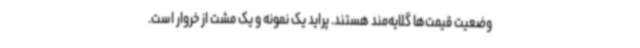
وضعیت قیمت‌ها گلایه‌مند هستند. پراید یک نمونه و یک مشت از خروار است.